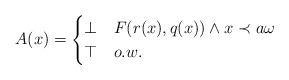
LaTeX: \begin{align*}A(x)=\begin{cases}\bot & F(r(x), q(x)) \wedge x \prec a \omega \\\top & o.w.\\\end{cases} \end{align*}